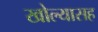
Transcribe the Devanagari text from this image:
खोल्यासह